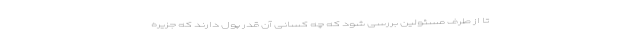
تا از طرف مسئولین بررسی شود که چه کسانی آن قدر پول دارند که جزیره